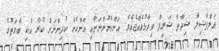
އަލްފާޟިލާ ޝިދާތާ ޝަރީފް ވިދާޅުވެއްޖެއެވެ. އަންހެނުންނަށާއި އަންހެން ކުދިންނަށް ކުރާ އެކި ބާވަތުގެ